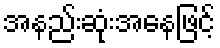
အနည်းဆုံးအနေဖြင့်